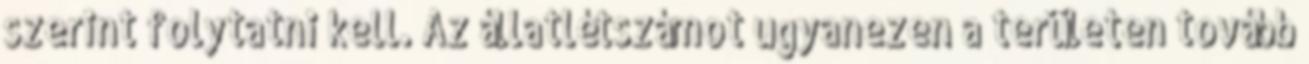
szerint folytatni kell. Az állatlétszámot ugyanezen a területen tovább